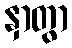
နှာတွာ